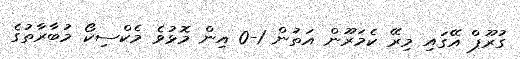
ގުރޫޕް އޭގައި މިރޭ ކެމަރޫން އަތުން 1-0 އިން މޮޅުވެ މެކްސިކޯ މުބާރާތުގެ